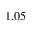
1 . 0 5